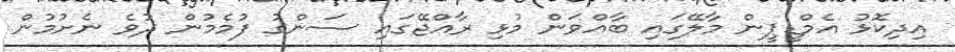
އިދިކޮޅު އެމްޑީޕީން މާލޭގައި ބާއްވަން މުޅި ރާއްޖޭގައި ސަންގު ފުމެމުން ދުވެ ނެށުމުން